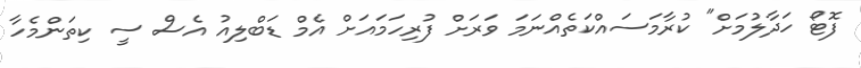
ފޮޓޯ ހަދާލުމަށް" ކުރާމަސައްކަތެއްނަމަ ވަރަށް ފުރިހަމައަށް އެމް ޑަބްލިއު އެސް ސީ ކިތަންމެހާ